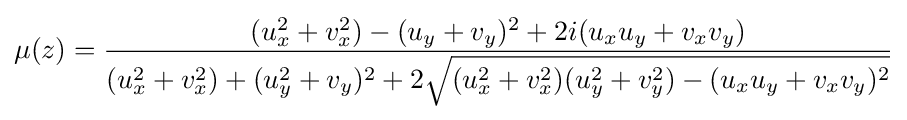
\displaystyle \mu (z)={\frac {(u_{x}^{2}+v_{x}^{2})-(u_{y}+v_{y})^{2}+2i(u_{x}u_{y}+v_{x}v_{y})}{(u_{x}^{2}+v_{x}^{2})+(u_{y}^{2}+v_{y})^{2}+2{\sqrt {(u_{x}^{2}+v_{x}^{2})(u_{y}^{2}+v_{y}^{2})-(u_{x}u_{y}+v_{x}v_{y})^{2}}}}}